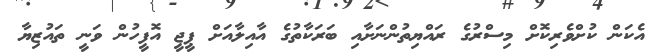
އެކަން ކުށްވެރިކޮށް މިސްރުގެ ރައްޔިތުންނަށާއި ބަރަކާތުގެ އާއިލާއަށް ޕީޖީ އޮފީހުން ވަނީ ތައުޒިޔާ